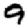
Digit: 9